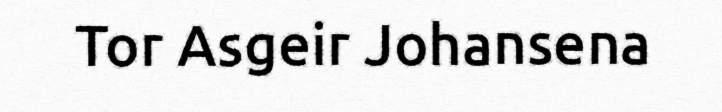
Tor Asgeir Johansena